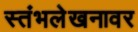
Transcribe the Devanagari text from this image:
स्तंभलेखनावर